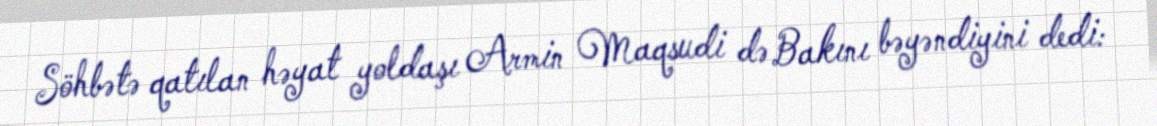
Söhbətə qatılan həyat yoldaşı Armin Maqsudi də Bakını bəyəndiyini dedi: